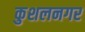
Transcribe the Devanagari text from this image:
कुशलनगर